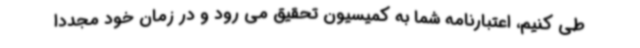
طی کنیم، اعتبارنامه شما به کمیسیون تحقیق می رود و در زمان خود مجددا